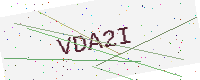
Text: VDA2I